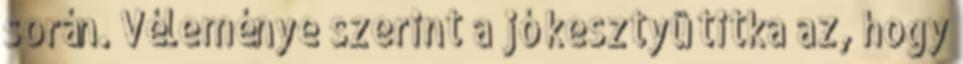
során. Véleménye szerint a jó kesztyû titka az, hogy